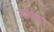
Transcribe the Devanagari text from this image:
माळेवर